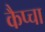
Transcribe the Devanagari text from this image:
कैप्चा